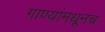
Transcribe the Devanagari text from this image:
गाण्यांमधूनच